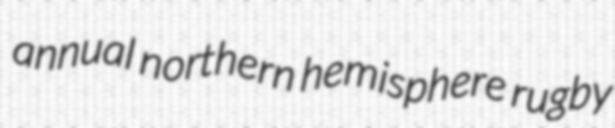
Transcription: annual northern hemisphere rugby